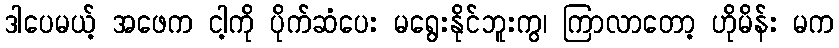
ဒါပေမယ့် အဖေက ငါ့ကို ပိုက်ဆံပေး မရွေးနိုင်ဘူးကွ၊ ကြာလာတော့ ဟိုမိန်း မက